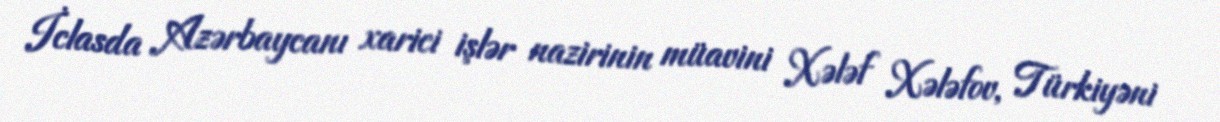
İclasda Azərbaycanı xarici işlər nazirinin müavini Xələf Xələfov, Türkiyəni